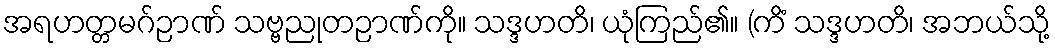
အရဟတ္တမဂ်ဉာဏ် သဗ္ဗညုတဉာဏ်ကို။ သဒ္ဒဟတိ၊ ယုံကြည်၏။ (ကိံ သဒ္ဒဟတိ၊ အဘယ်သို့